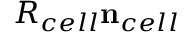
R _ { c e l l } \mathbf { n } _ { c e l l }